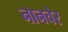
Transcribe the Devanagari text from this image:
नानचेर